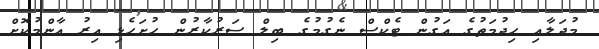
މުދަލާއި ހިދުމަތުގެ އަގުން ޓެކްސް ނެގުމުގެ ބިލް ސަރުކާރުން ހުށަހެޅި އިރު އާންމުކޮށް